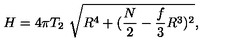
H = 4 \pi T _ { 2 } \ \sqrt { R ^ { 4 } + ( \frac { N } { 2 } - \frac { f } { 3 } R ^ { 3 } ) ^ { 2 } } ,